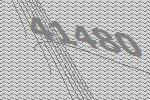
41480